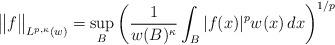
LaTeX: \begin{align*}\big\|f\big\|_{L^{p,\kappa}(w)}=\sup_B\left(\frac{1}{w(B)^{\kappa}}\int_B|f(x)|^pw(x)\,dx\right)^{1/p}\end{align*}